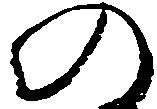
の